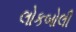
લોકબોલી